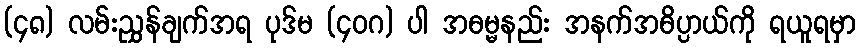
(၄၈) လမ်းညွှန်ချက်အရ ပုဒ်မ (၄၀ဂ) ပါ အဓမ္မနည်း အနက်အဓိပ္ပာယ်ကို ရယူရမှာ